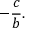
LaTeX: - { \frac { c } { b } } .